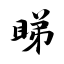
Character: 睇